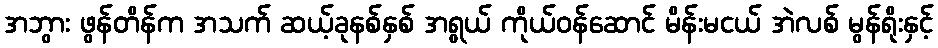
အဘွား ဖွန်တိန်က အသက် ဆယ့်ခုနစ်နှစ် အရွယ် ကိုယ်ဝန်ဆောင် မိန်းမငယ် အဲလစ် မွန်ရိုးနှင့်